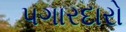
પગારદારો